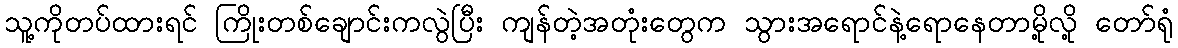
သူ့ကိုတပ်ထားရင် ကြိုးတစ်ချောင်းကလွဲပြီး ကျန်တဲ့အတုံးတွေက သွားအရောင်နဲ့ရောနေတာမို့လို့ တော်ရုံ